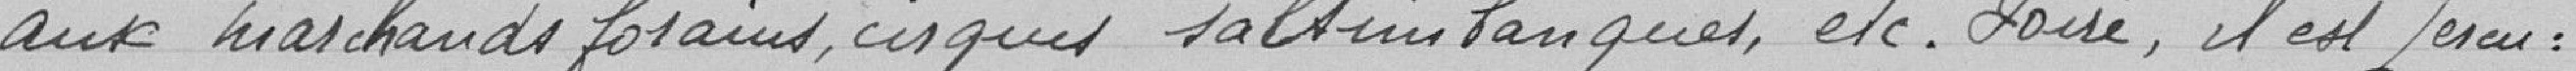
aux marchands forains, cirques, saltimbanques, etc. Foire, il est perçu :